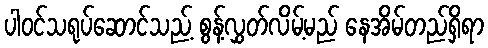
ပါဝင်သရုပ်ဆောင်သည့် စွန့်လွှတ်လိမ့်မည် နေအိမ်တည်ရှိရာ